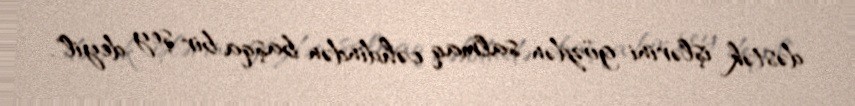
dəstək işlərini gözdən salmaq cəhdindən başqa bir şey deyil".